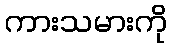
ကားသမားကို